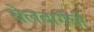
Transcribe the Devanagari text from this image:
बेलबागेची